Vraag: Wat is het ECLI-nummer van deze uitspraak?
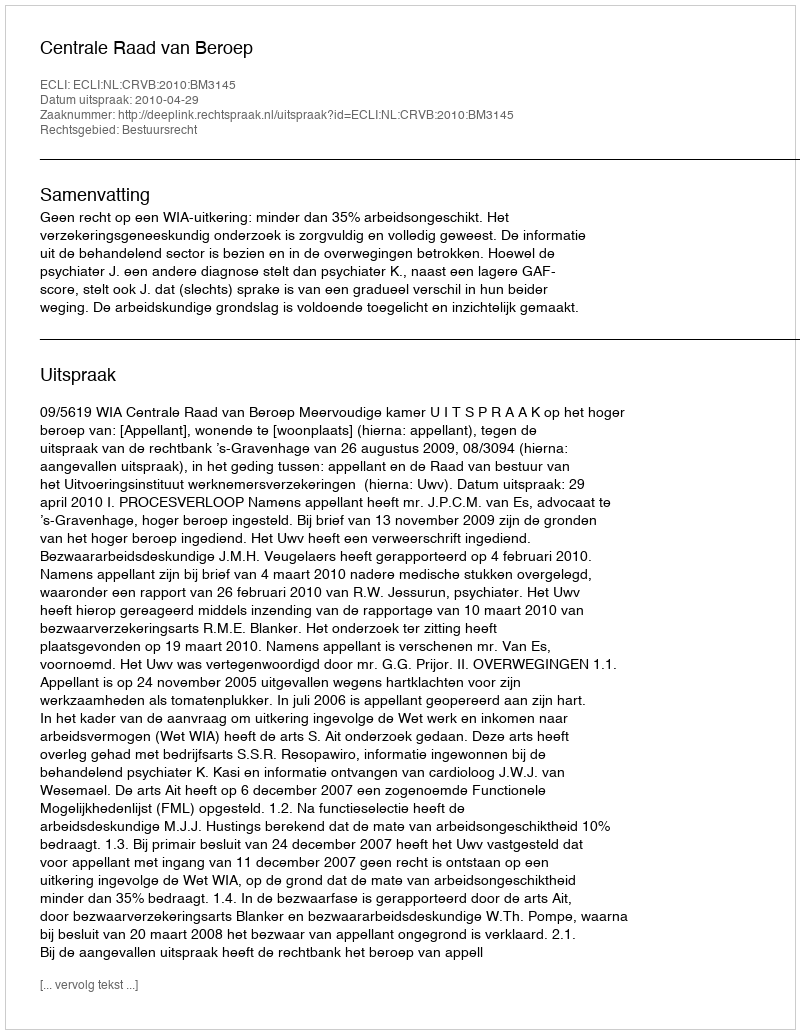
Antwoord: ECLI:NL:CRVB:2010:BM3145